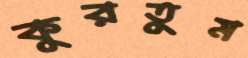
কুরতুম